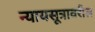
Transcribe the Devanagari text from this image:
न्यायसूत्रावरील